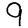
Digit: 9